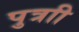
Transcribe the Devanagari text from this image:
पुत्राी